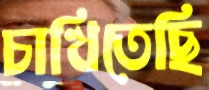
চাখিতেছি